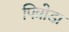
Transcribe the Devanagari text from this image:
पित्रोडा